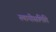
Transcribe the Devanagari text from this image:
स्थायीसमिति